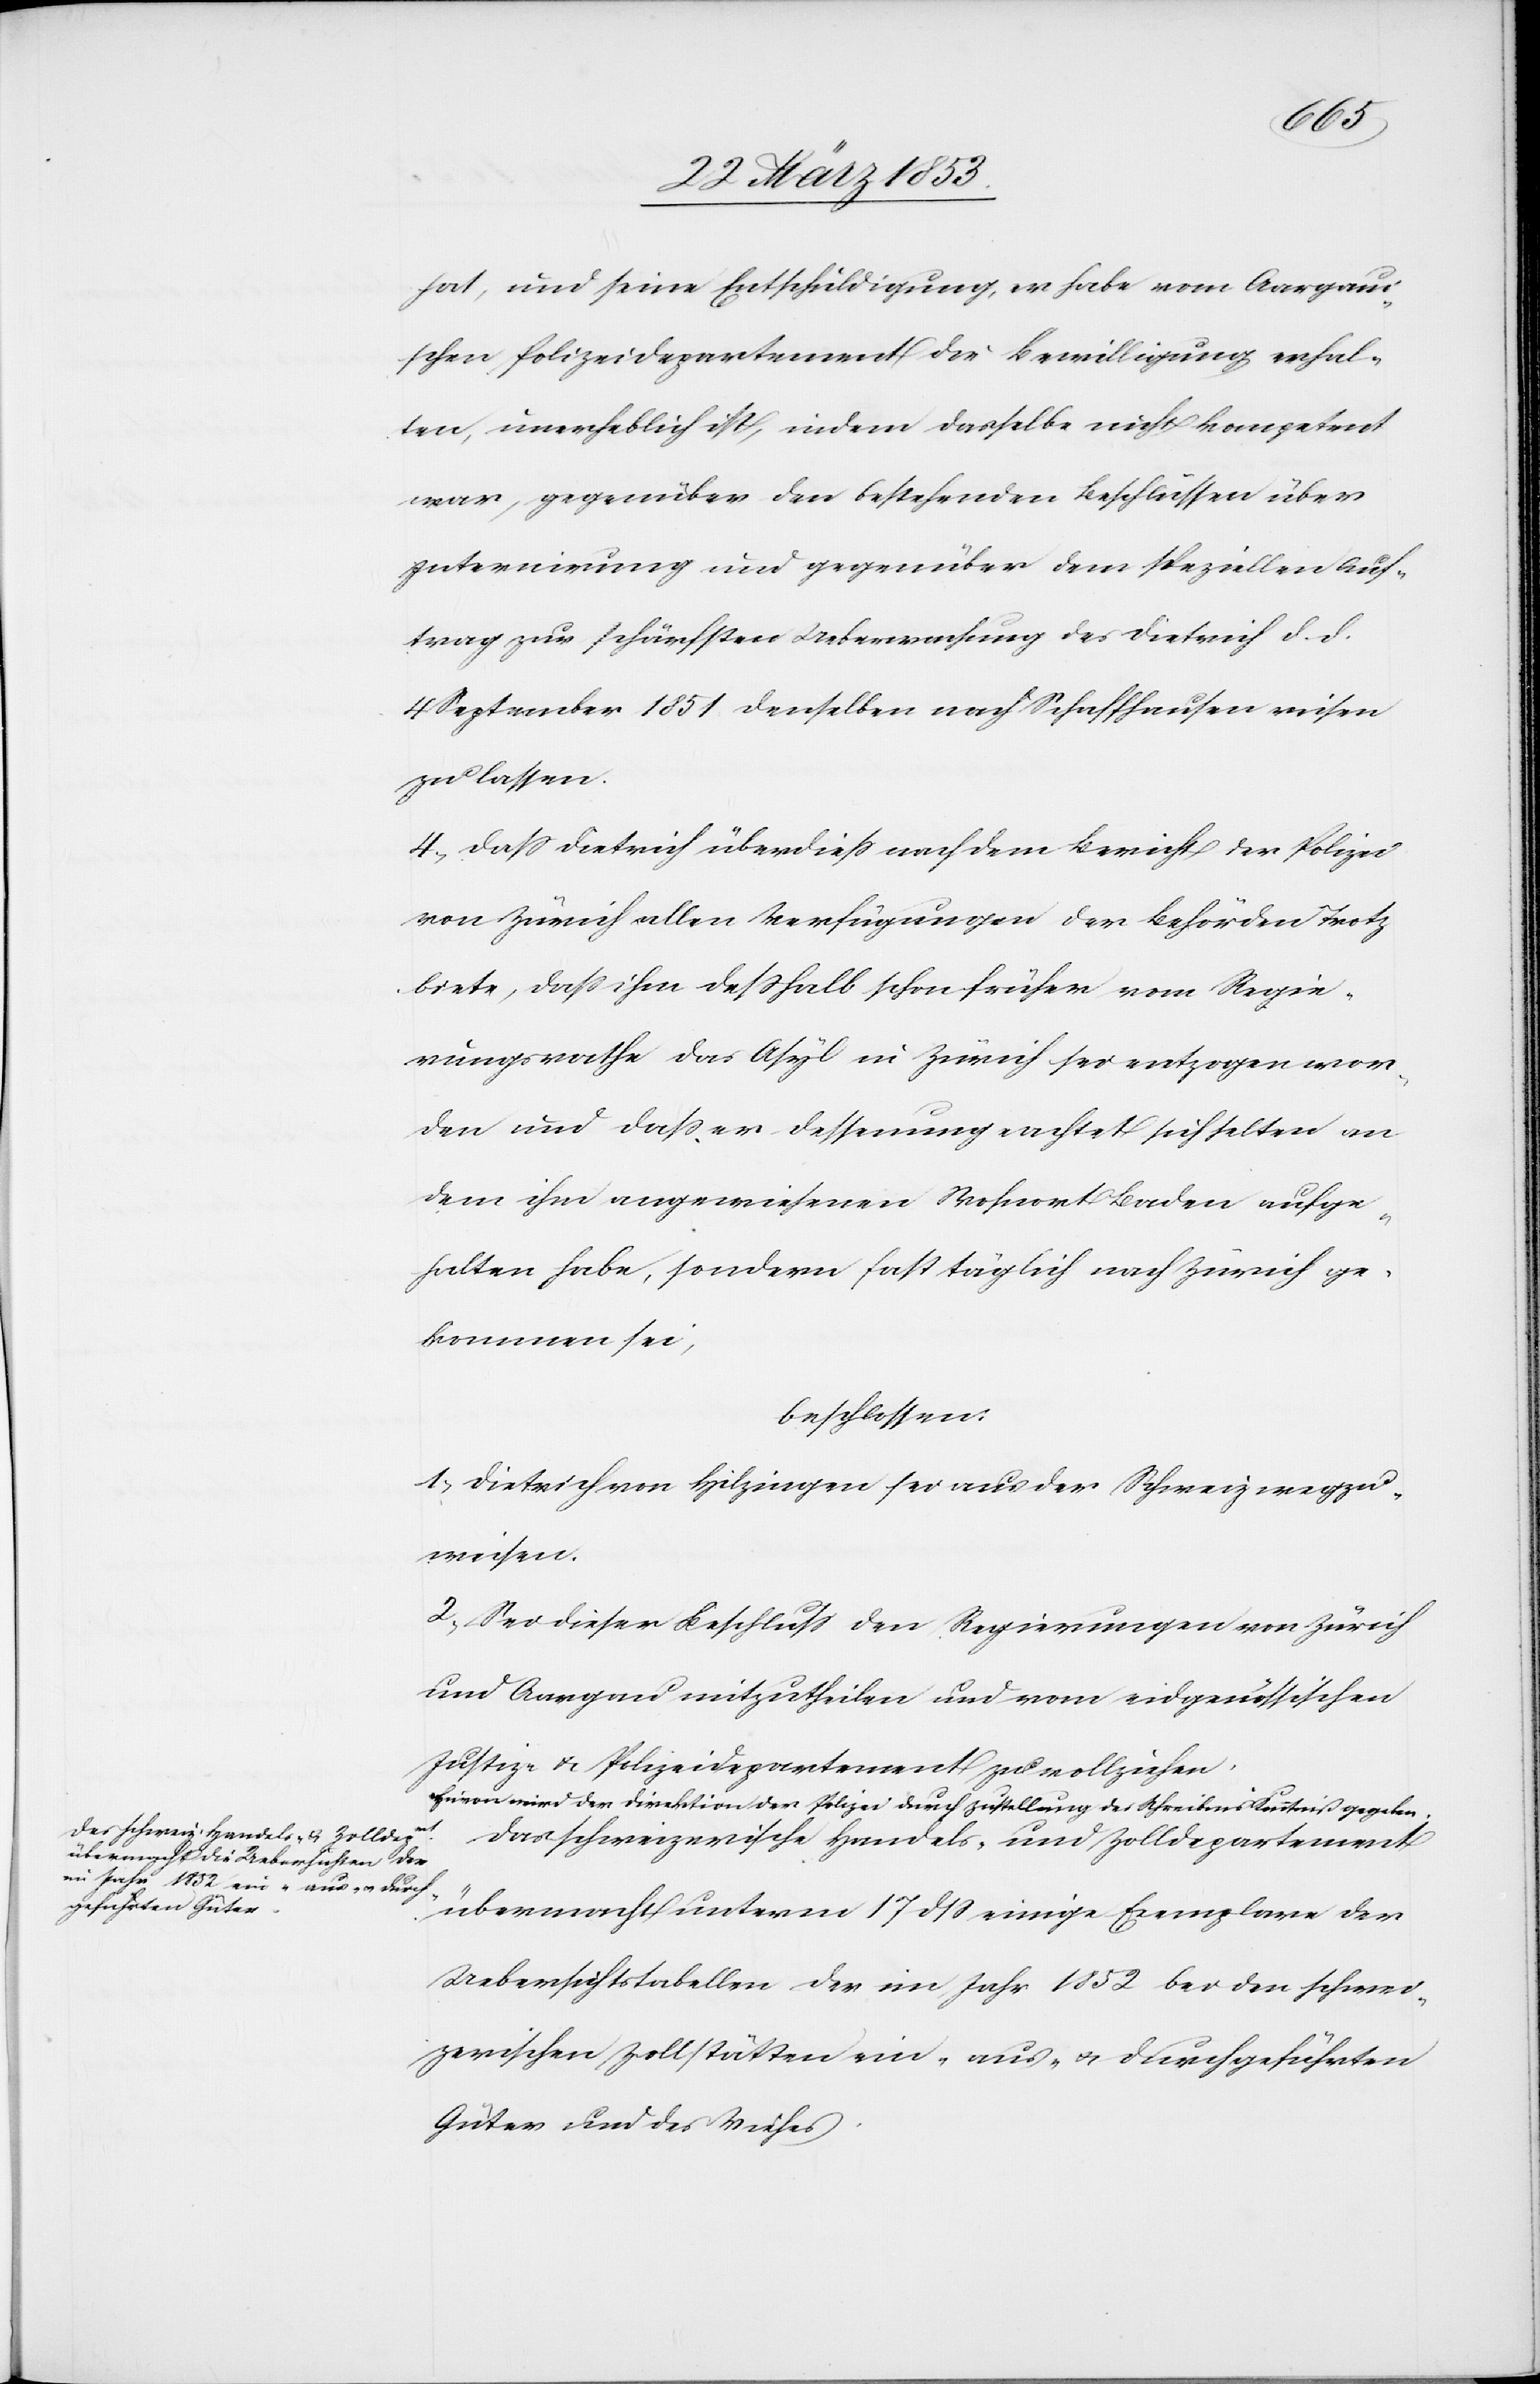
hat, und seine Entschuldigung, er habe vom Aargaui¬
schen Polizeidepartement die Bewilligung erhal¬
ten, unerheblich ist, indem dasselbe nicht kompetent
war, gegenüber den besondern Beschlüssen über
Internirung und gegenüber dem speziellen Auf¬
trag zur schärfsten Ueberwachung des Dietrich d. d.
4 September 1851 denselben nach Schaffhausen reisen
zu lassen.
4, Daß Dietrich überdieß auch dem Bericht der Polizei
von Zürich allen Verfügungen der Behörden Trotz
biete, daß ihm deßhalb schon früher vom Regie¬
rungsrathe das Asyl in Zürich sei entzogen wor¬
den und daß er dessenungeachtet [sic!] sich selten an
dem ihm angewiesenen Wohnort Baden aufge¬
halten habe, sondern fast täglich nach Zürich ge¬
kommen sei,
beschlossen:
1, Dietrich von Hilzingen sei aus der Schweiz wegzu¬
weisen.
2, Sei dieser Beschluß den Regierungen von Zürich
und Aargau mitzutheilen und vom eidgenößischen
Justiz- u. Polizeidepartement zu vollziehen.
Hievon wird der Direktion der Polizei durch Zustellung des Schreibens Kenntniß gegeben.
Das schweizerische Handels- u. Zolldepartement
übermacht unterm 17 dß einige Exemplare der
Uebersichtstabellen der im Jahr 1852 bei den schwei¬
zerischen Zollstätten ein- aus- u. durchgeführten
Güter und des Viehes.